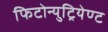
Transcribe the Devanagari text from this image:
फिटोन्युट्रियेण्ट